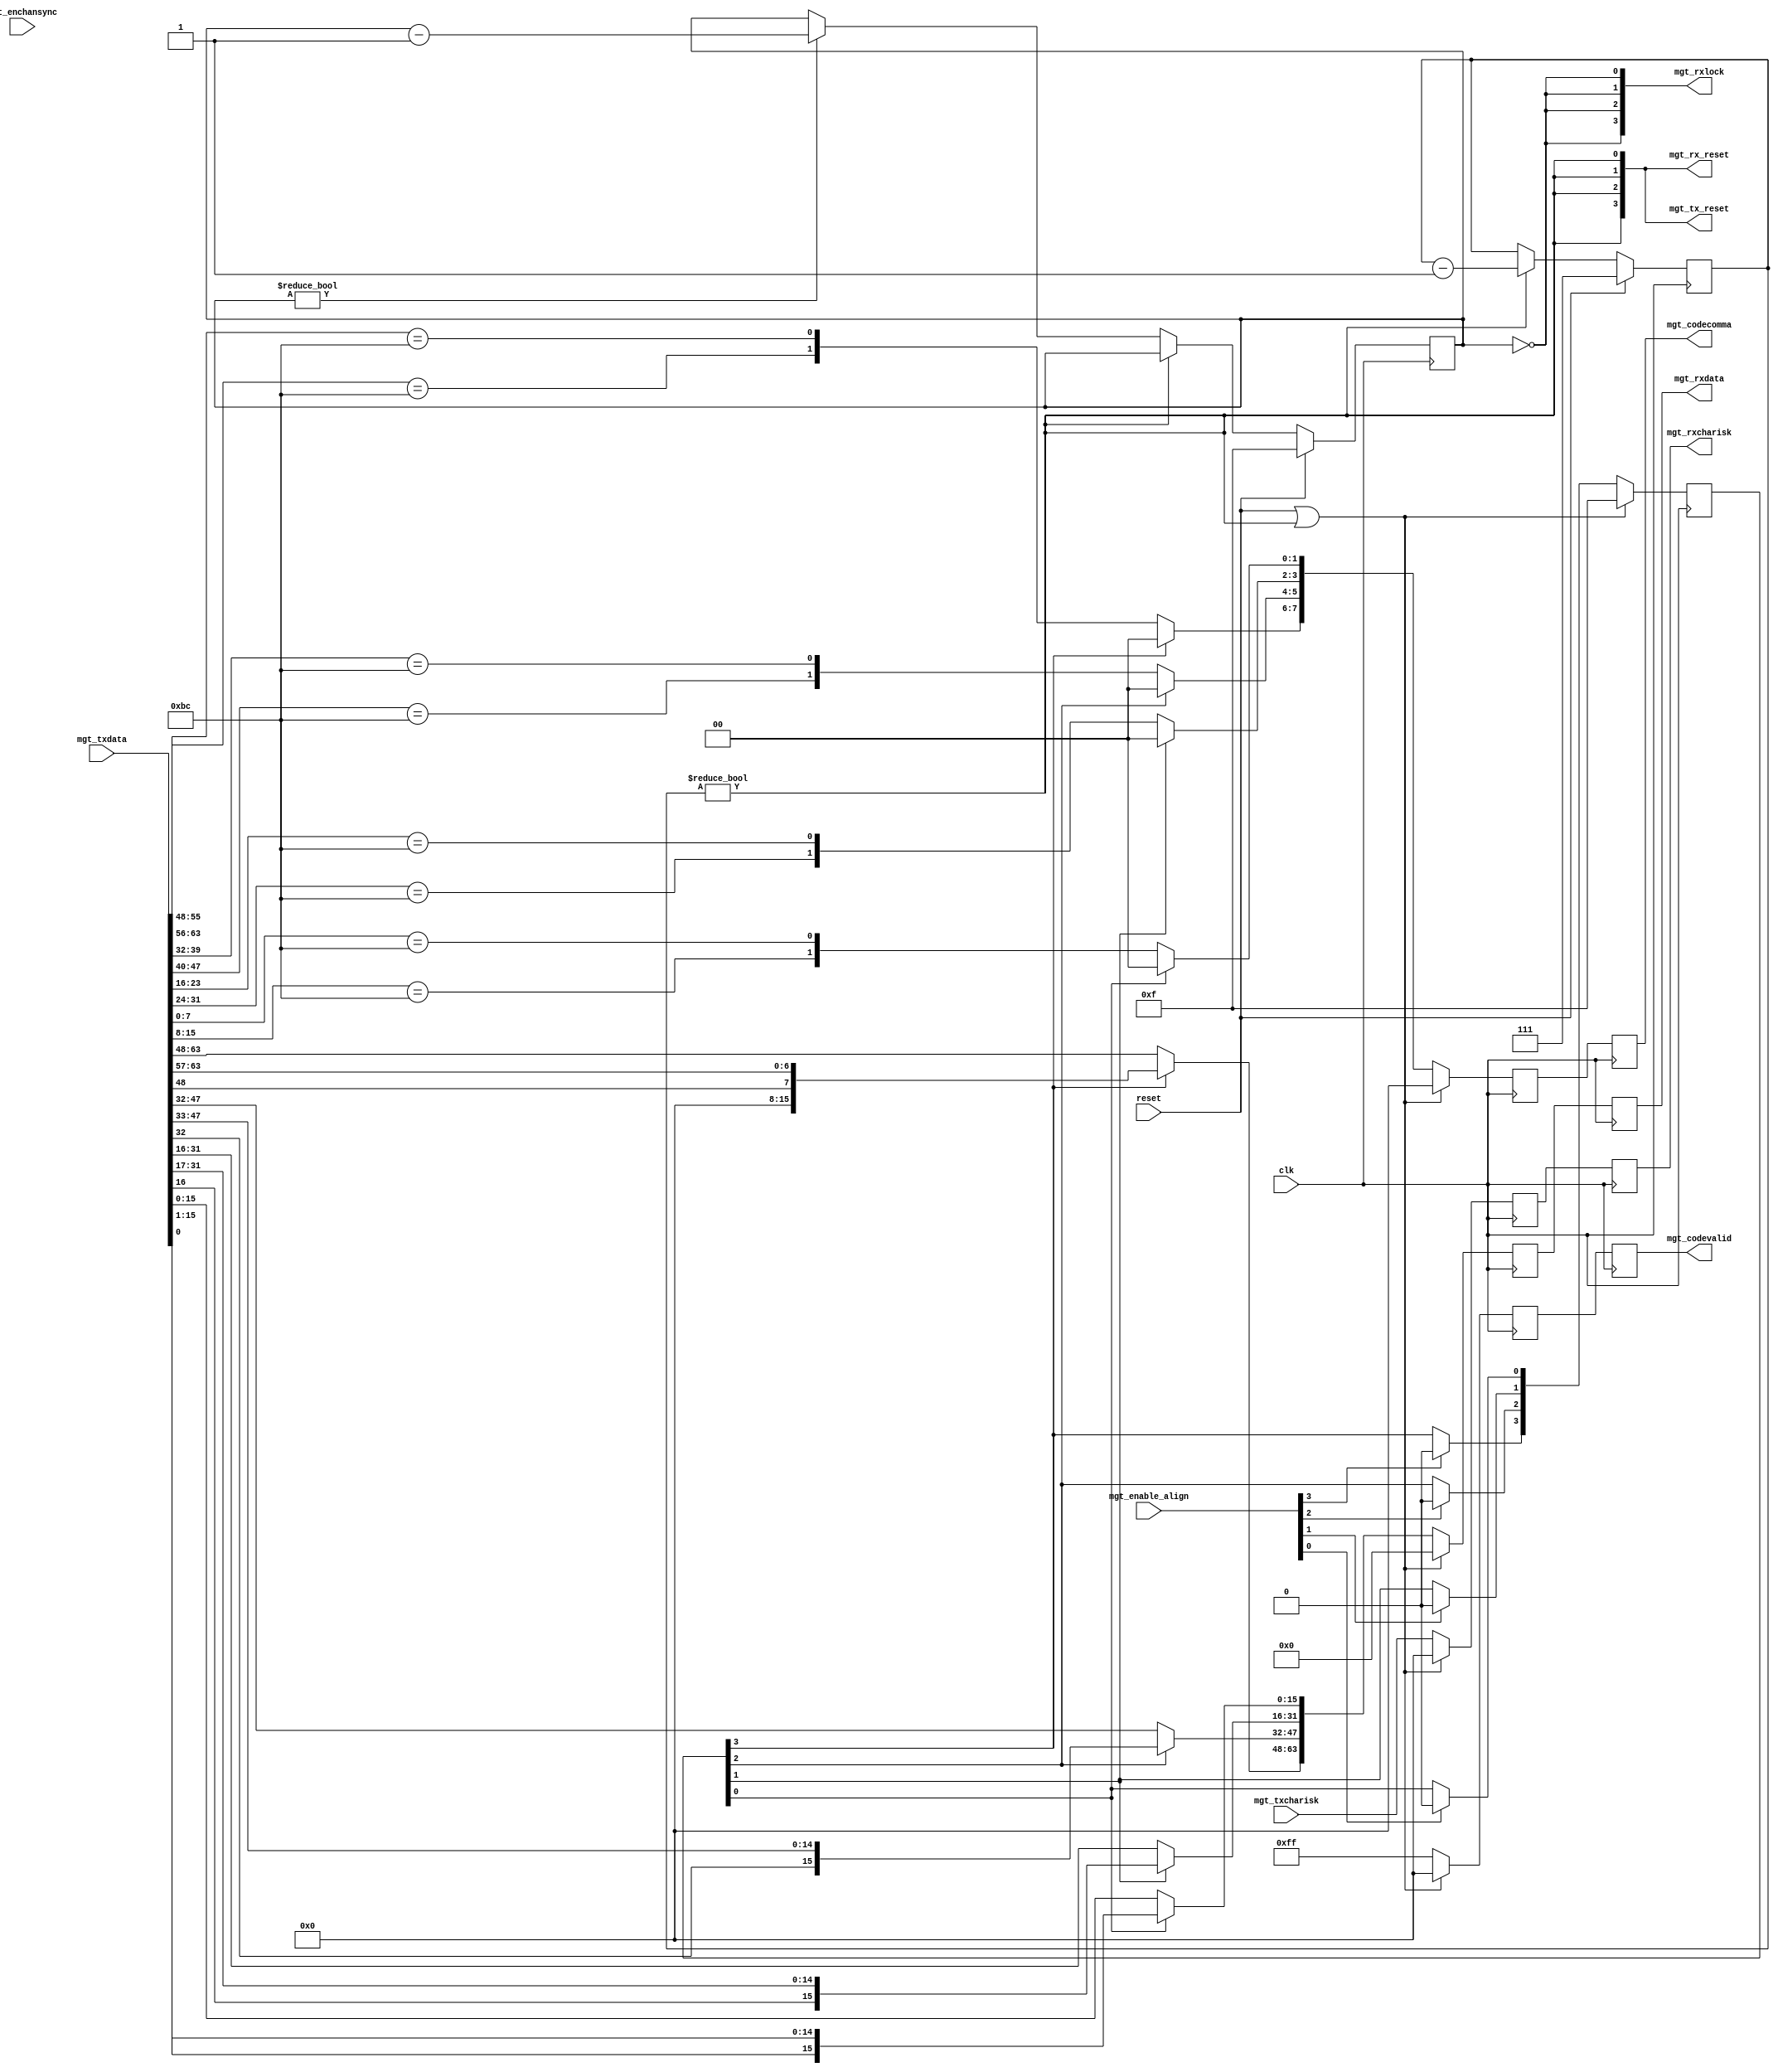
module sim_mgt(
    clk, reset,
    mgt_txdata, mgt_txcharisk,
    mgt_rxdata, mgt_rxcharisk,
    mgt_codevalid, mgt_codecomma,
    mgt_enable_align, mgt_enchansync,
    mgt_rxlock, mgt_tx_reset, mgt_rx_reset
  );
  input  clk, reset;
  input  [63:0] mgt_txdata;
  input   [7:0] mgt_txcharisk;
  output [63:0] mgt_rxdata;
  output  [7:0] mgt_rxcharisk;
  output  [7:0] mgt_codevalid;
  output  [7:0] mgt_codecomma;
  input   [3:0] mgt_enable_align;
  input  mgt_enchansync;
  output  [3:0] mgt_rxlock;
  output  [3:0] mgt_tx_reset;
  output  [3:0] mgt_rx_reset;

  /*********** Reset Logic *************/
  reg [3:0] lock_counter;
  reg [2:0] internal_reset_counter;

  assign mgt_rxlock = {4{lock_counter == 4'b0}};
  assign mgt_rx_reset = {4{internal_reset_counter != 4'b0}};
  assign mgt_tx_reset = mgt_rx_reset;

  always @(posedge clk) begin
    if (reset) begin
      lock_counter <= 4'b1111;
      internal_reset_counter <= 3'b111;
    end else begin
      if (internal_reset_counter) begin
        internal_reset_counter <= internal_reset_counter - 3'b1;
      end else if (lock_counter) begin
        lock_counter <= lock_counter - 4'b1;
      end
    end
  end

  /*********** Simulate Misalignment **************/
  reg [63:0] rxdata_aligned;
  reg  [7:0] rxisk_aligned;

  reg  [3:0] send_unaligned;

  reg  [7:0] codecomma_unaligned;
  reg  [7:0] codevalid_unaligned;

  always @(posedge clk) begin
    if (reset | mgt_rx_reset[0]) begin
      rxdata_aligned <= 64'b0;
      rxisk_aligned <= 8'b0;
      send_unaligned <= 4'b1111;
      codecomma_unaligned <= 8'b0;
      codevalid_unaligned <= 8'b0;
    end else begin
      rxisk_aligned <= mgt_txcharisk;

      rxdata_aligned <= {send_unaligned[3] ? {mgt_txdata[48] , mgt_txdata[63:57]} : mgt_txdata[63:48] ,
                         send_unaligned[2] ? {mgt_txdata[32] , mgt_txdata[47:33]} : mgt_txdata[47:32] ,
                         send_unaligned[1] ? {mgt_txdata[16] , mgt_txdata[31:17]} : mgt_txdata[31:16] ,
                         send_unaligned[0] ? {mgt_txdata[0]  , mgt_txdata[15:1] } : mgt_txdata[15:0]};

      codevalid_unaligned  <= {2'b11 ,
                               2'b11 ,
                               2'b11 ,
                               2'b11 };
      codecomma_unaligned <= {send_unaligned[3] ? 2'b00 : {mgt_txdata[63:56] == 8'hbc, mgt_txdata[55:48] == 8'hbc},
                              send_unaligned[2] ? 2'b00 : {mgt_txdata[47:40] == 8'hbc, mgt_txdata[39:32] == 8'hbc},
                              send_unaligned[1] ? 2'b00 : {mgt_txdata[31:24] == 8'hbc, mgt_txdata[23:16] == 8'hbc},
                              send_unaligned[0] ? 2'b00 : {mgt_txdata[15:8]  == 8'hbc, mgt_txdata[7:0] == 8'hbc} };

      send_unaligned <= {mgt_enable_align[3] ? 1'b0 : send_unaligned[3] ,
                         mgt_enable_align[2] ? 1'b0 : send_unaligned[2] ,
                         mgt_enable_align[1] ? 1'b0 : send_unaligned[1] ,
                         mgt_enable_align[0] ? 1'b0 : send_unaligned[0]};


    end
  end

  reg [63:0] mgt_rxdata;
  reg  [7:0] mgt_rxcharisk;
  reg  [7:0] mgt_codecomma;
  reg  [7:0] mgt_codevalid;

  always @(posedge clk) begin
    if (reset | mgt_rx_reset[0]) begin
      mgt_rxdata <= rxdata_aligned;
      mgt_rxcharisk <= rxisk_aligned;
      mgt_codevalid <= codevalid_unaligned;
      mgt_codecomma <= codecomma_unaligned;
    end else begin
      mgt_rxcharisk <= rxisk_aligned;
      mgt_rxdata <= rxdata_aligned;
      mgt_codevalid <= codevalid_unaligned;
      mgt_codecomma <= codecomma_unaligned;
    end
  end

endmodule